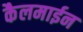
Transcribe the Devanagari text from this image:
कैलमाईन